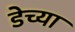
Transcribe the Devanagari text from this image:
डेच्या